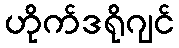
ဟိုက်ဒရိုဂျင်